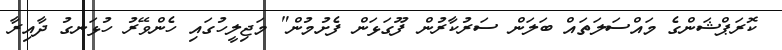
ކޮރަޕްޝަންގެ މައްސަލަތައް ބަލަން ސަރުކާރުން ފޫގަޅަން ފެށުމުން" މަޖިލީހުގައި ހެންވޭރު ހުޅަނގު ދާއިރާ